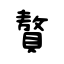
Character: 贅